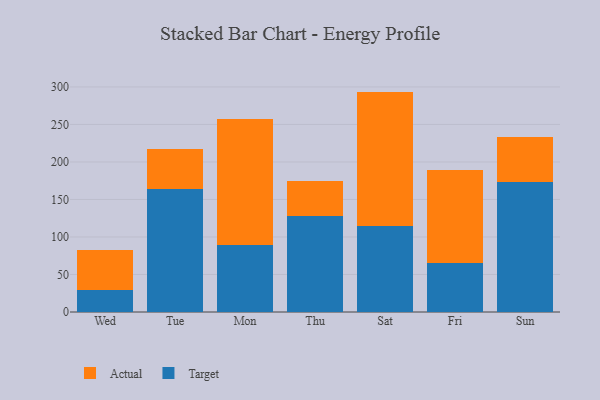
{"axis": {"x": "Day", "y": "Latency (ms)"}, "legend": ["Actual", "Target"], "data": [{"x": "Wed", "y": 29.6, "type": "Target"}, {"x": "Wed", "y": 53.5, "type": "Actual"}, {"x": "Tue", "y": 164.5, "type": "Target"}, {"x": "Tue", "y": 53.1, "type": "Actual"}, {"x": "Mon", "y": 88.8, "type": "Target"}, {"x": "Mon", "y": 168.5, "type": "Actual"}, {"x": "Thu", "y": 128.6, "type": "Target"}, {"x": "Thu", "y": 45.4, "type": "Actual"}, {"x": "Sat", "y": 114.4, "type": "Target"}, {"x": "Sat", "y": 179.4, "type": "Actual"}, {"x": "Fri", "y": 65.0, "type": "Target"}, {"x": "Fri", "y": 124.3, "type": "Actual"}, {"x": "Sun", "y": 172.8, "type": "Target"}, {"x": "Sun", "y": 60.8, "type": "Actual"}]}